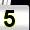
Digit: 5